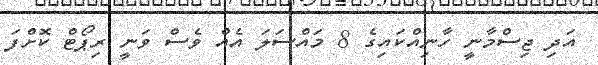
އަދި ޖިސްމާނީ ހާނިއްކައިގެ 8 މައްސަލަ އެއް ވެސް ވަނީ ރިޕޯޓް ކޮށްފަ